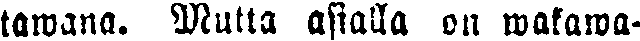
tawana. Mutta asialla on wakawa-